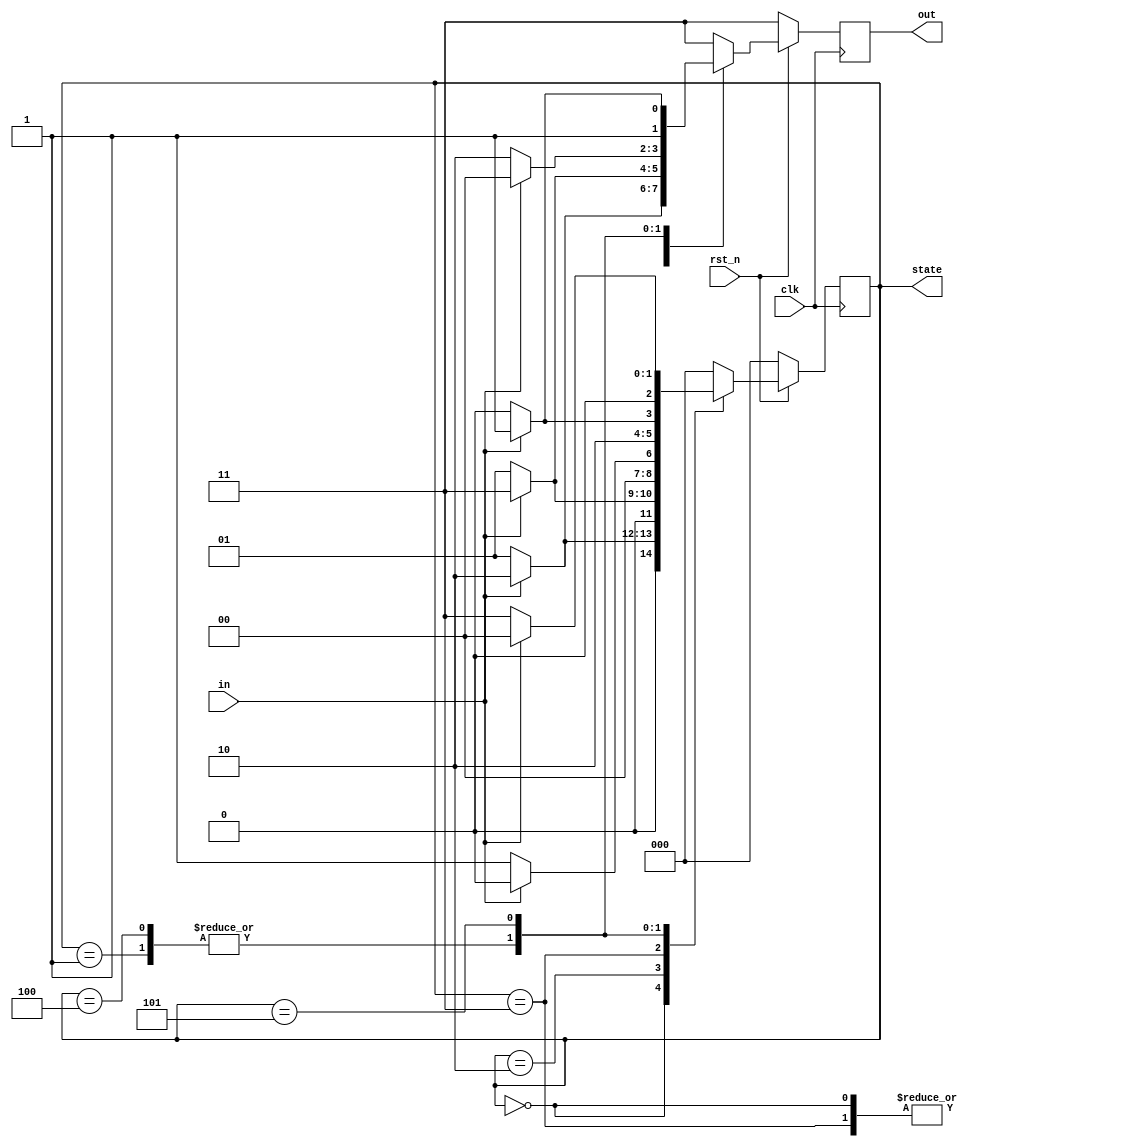
`timescale 1ns/1ps

module Moore (clk, rst_n, in, out, state);

    input clk, rst_n;
    input in;
    output [2-1:0] out;
    output [3-1:0] state;

    reg [3-1:0] state, next_state;
    reg [2-1:0] out, next_out;

    parameter S0 = 3'b000;
    parameter S1 = 3'b001;
    parameter S2 = 3'b010;
    parameter S3 = 3'b011;
    parameter S4 = 3'b100;
    parameter S5 = 3'b101;

    always @(posedge clk) begin
        if (!rst_n) begin
            state <= S0;
            out <= 2'b11;
        end
        else begin
            state <= next_state;
            out <= next_out;
        end
    end

    always @(*) begin
        case (state)
            S0 : begin
                if (in) begin
                    next_state = S2;
                    next_out = 2'b11;
                end else begin
                    next_state = S1;
                    next_out = 2'b01;
                end
            end
            S1 : begin
                if (in) begin
                    next_state = S5;
                    next_out = 2'b00;
                end else begin
                    next_state = S4;
                    next_out = 2'b10;
                end
            end
            S2 : begin
                if (in) begin
                    next_state = S3;
                    next_out = 2'b10;
                end else begin
                    next_state = S1;
                    next_out = 2'b01;
                end
            end
            S3 : begin
                if (in) begin
                    next_state = S0;
                    next_out = 2'b11;
                end else begin
                    next_state = S1;
                    next_out = 2'b01;
                end
            end
            S4 : begin
                if (in) begin
                    next_state = S5;
                    next_out = 2'b00;
                end else begin
                    next_state = S4;
                    next_out = 2'b10;
                end
            end
            S5 : begin
                if (in) begin
                    next_state = S0;
                    next_out = 2'b11;
                end else begin
                    next_state = S3;
                    next_out = 2'b10;
                end
            end
            default : begin
                next_state = S0;
                next_out = 2'b11;
            end
        endcase
    end

endmodule